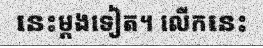
នេះម្តងទៀត។ លើកនេះ